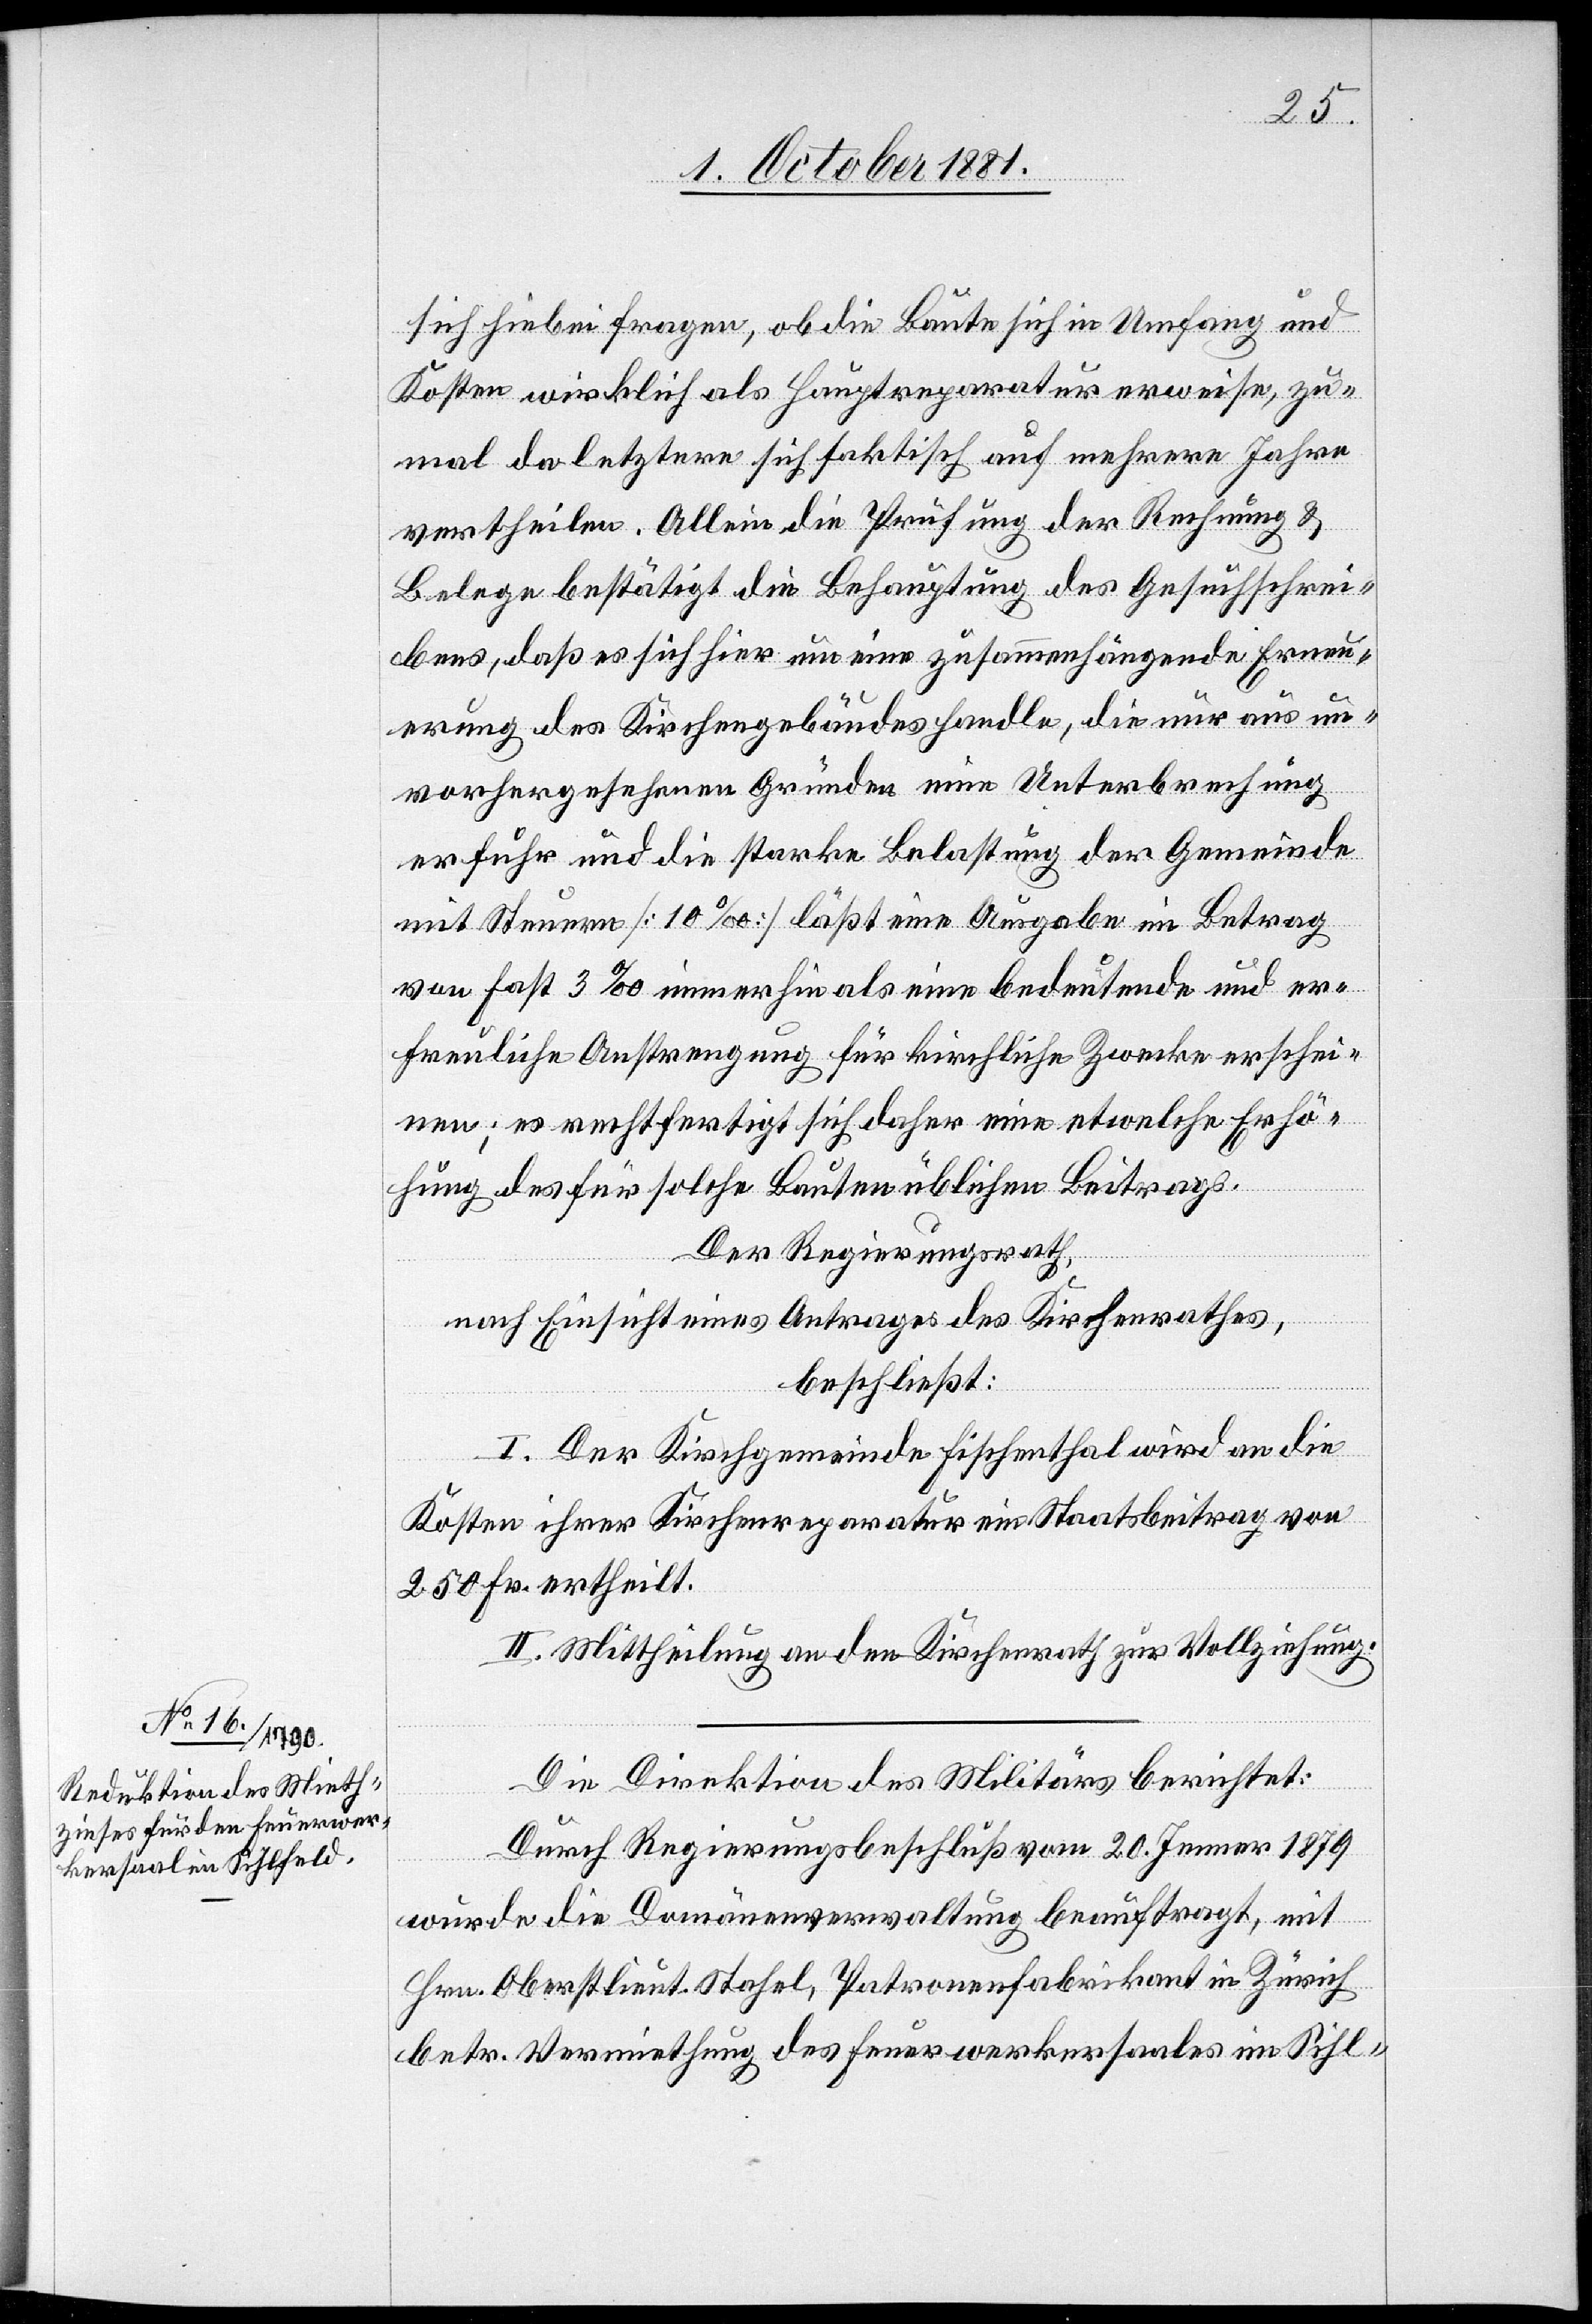
sich hiebei fragen, ob die Baute sich in Umfang und
Kosten wirklich als Hauptreparatur erweise, zu¬
mal da letztere sich faktisch auf mehrere Jahre
vertheilen. Allein die Prüfung der Rechnung &
Belege bestätigt die Behauptung des Gesuchschrei¬
bens, daß es sich hier um eine zusammenhängende Erneu¬
erung des Kirchengebäudes handle, die nur aus un¬
vorhergesehenen Gründen eine Unterbrechung
erfuhr und die starke Belastung der Gemeinde
mit Steuern [10‰] läßt eine Ausgabe im Betrag
von fast 3‰ immerhin als eine bedeutende und er¬
freuliche Anstrengung für kirchliche Zwecke erschei¬
nen; es rechtfertigt sich daher eine etwelche Erhö¬
hung des für solche Bauten üblichen Beitrags.
Der Regierungsrath,
nach Einsicht eines Antrages des Kirchenrathes,
beschließt:
I. Der Kirchgemeinde Fischenthal wird an die
Kosten ihrer Kirchenreparatur ein Staatsbeitrag von
250 Fr. ertheilt.
II. Mittheilung an den Kirchenrath zur Vollziehung.
Die Direktion des Militärs berichtet:
Durch Regierungsbeschluß vom 20. Jenner 1879
wurde die Domänenverwaltung beauftragt, mit
Hrn. Oberstlieut. Stahel, Patronenfabrikant in Zürich
betr. Vermiethung des Feuerwerkersaales im Sihl-